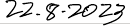
22.8.2023